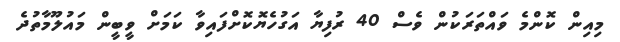
މިއިން ކޮންމެ ވައްތަރަކުން ވެސް 40 ރުފިޔާ އަގުހެޔޮކޮށްފައިވާ ކަމަށް ވީބީން މައުލޫމާތުދެ